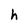
Character: h